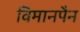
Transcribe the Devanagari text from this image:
विमानपैन